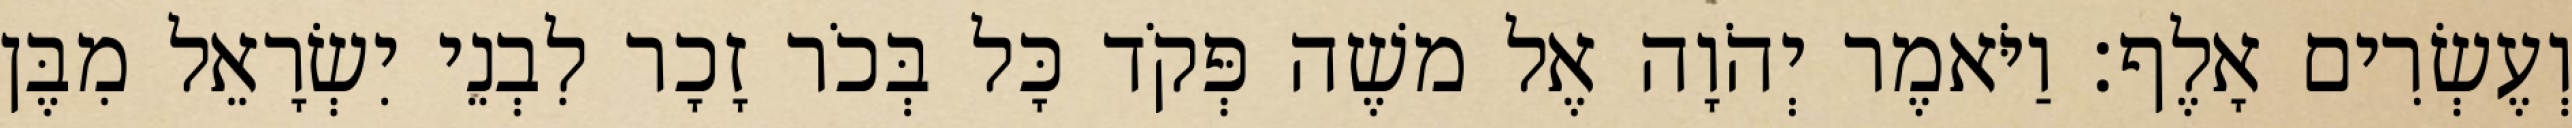
וְעֶשְׂרִים אָלֶף׃ וַיֹּאמֶר יְהֹוָה אֶל משֶׁה פְּקֹד כָּל בְּכֹר זָכָר לִבְנֵי יִשְׂרָאֵל מִבֶּן